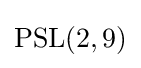
\operatorname {PSL} (2,9)